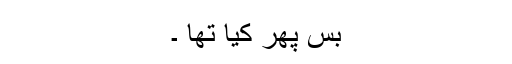
بس پھر کیا تھا ۔